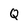
Character: Q